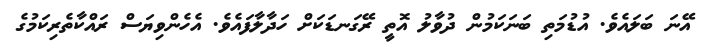
އޭނަ ބަލައެވެ. އުޑުމަތި ބަނަކަމުން ދުވާލު އޮތީ ރޭގަނޑަކަށް ހަދާލާފައެވެ. އެހެންވިޔަސް ރައްކާތެރިކަމުގެ